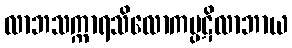
လာဘသက္ကာရသိလောကပ္ပဋိလာဘာယ